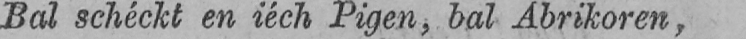
Bal schéckt en iéch Pigen, bal Abrikoren,